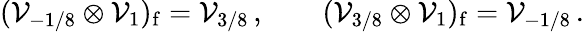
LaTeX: ({\cal V}_{-1/8}\otimes{\cal V}_{1})_{\mathrm{f}}={\cal V}_{3/8}\, ,\qquad({\cal V}_{3/8}\otimes{\cal V}_{1})_{\mathrm{f}}={\cal V}_{-1/8}\, .